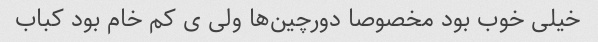
خیلی خوب بود مخصوصا دورچین‌ها ولی ی کم خام بود کباب